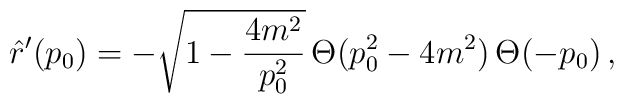
\hat{r}'(p_0)=-\sqrt{1-\frac{4m^2}{p_0^2}}\,\Theta(p_0^2-4m^2)\,\Theta(-p_0)\,,